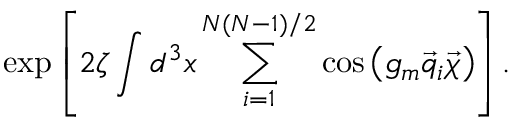
\exp \left[ 2 \zeta \int d ^ { 3 } x \sum _ { i = 1 } ^ { N ( N - 1 ) / 2 } \cos \left( g _ { m } \vec { q } _ { i } \vec { \chi } \right) \right] .